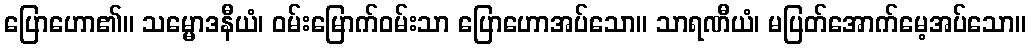
ပြောဟော၏။ သမ္မောဒနီယံ၊ ဝမ်းမြောက်ဝမ်းသာ ပြောဟောအပ်သော။ သာရဏီယံ၊ မပြတ်အောက်မေ့အပ်သော။